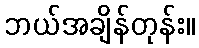
ဘယ်အချိန်တုန်း။